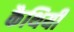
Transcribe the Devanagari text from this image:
कैथियीं